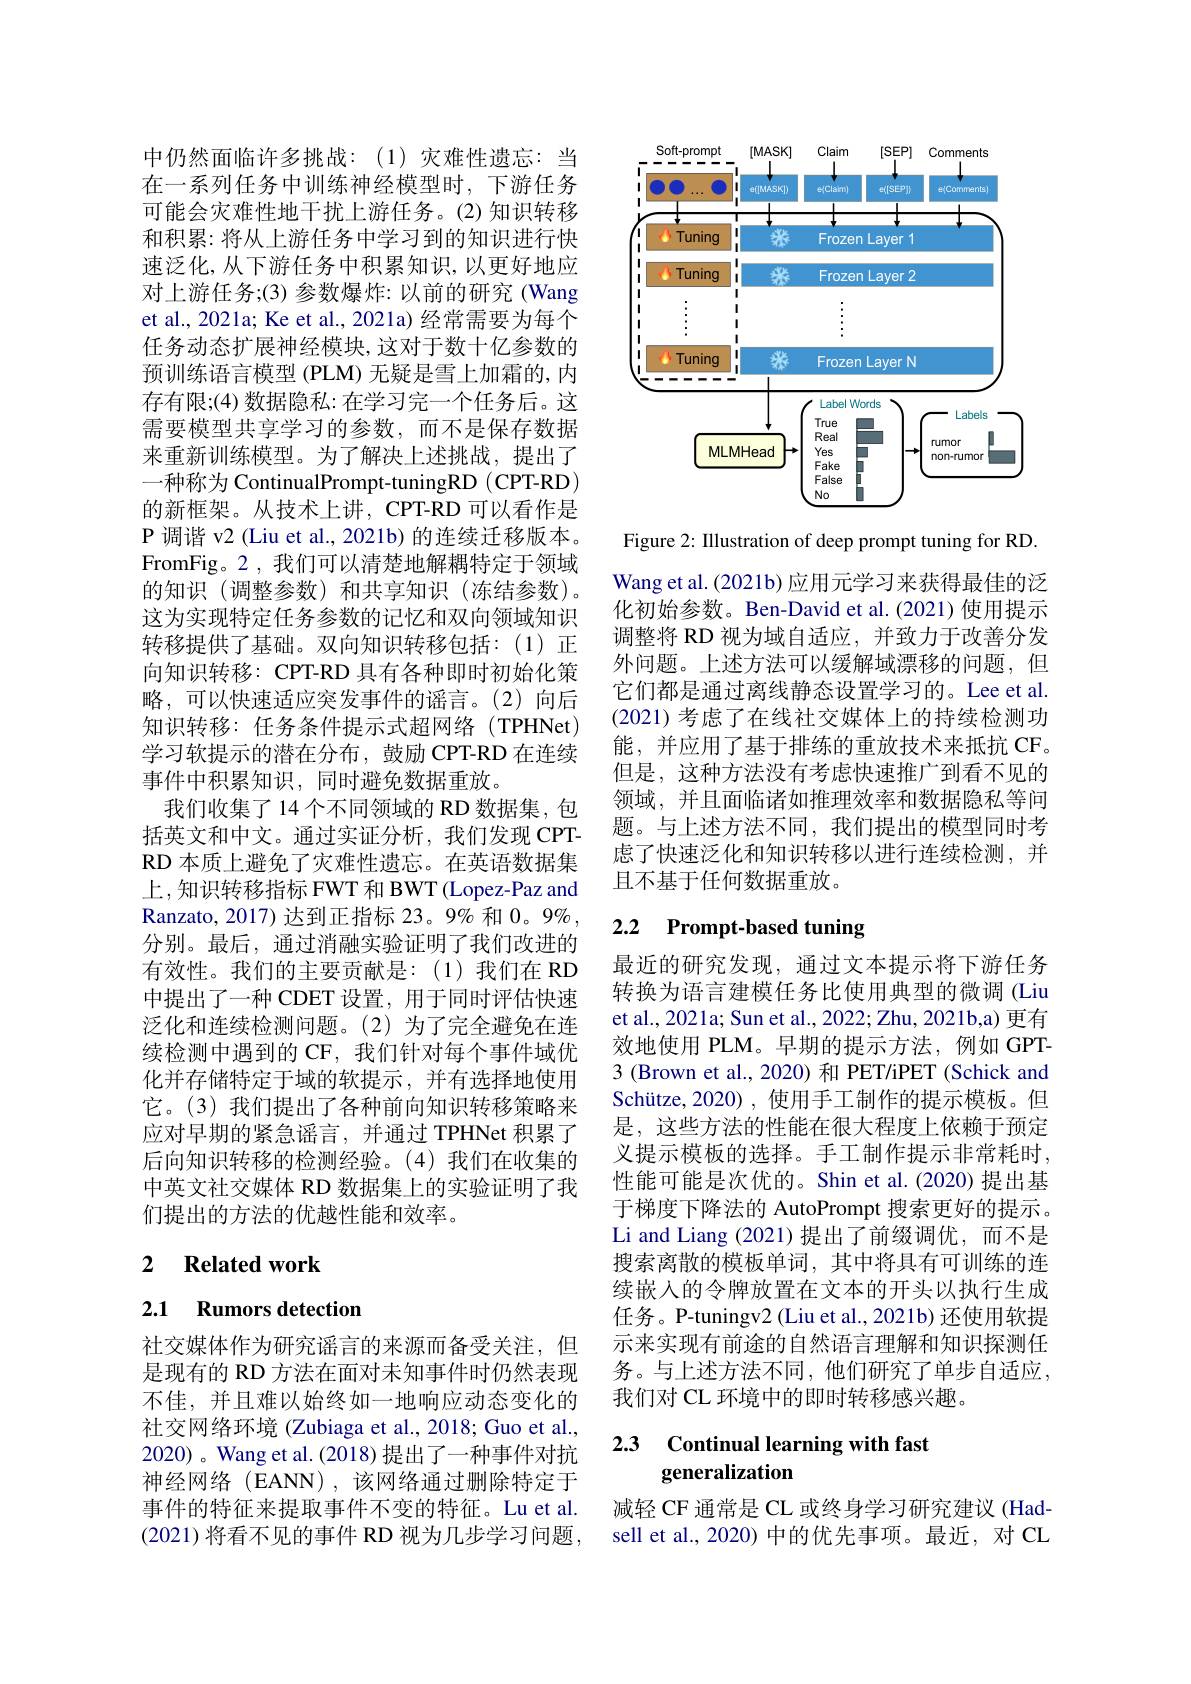
中仍然面临许多挑战：(1)灾难性遗忘：当在一系列任务中训练神经模型时，下游任务可能会灾难性地干扰上游任务。(2)知识转移和积累：将从上游任务中学习到的知识进行快速泛化，从下游任务中积累知识，以更好地应对上游任务；(3) 参数爆炸：以前的研究(Wang et al., 2021a; Ke et al., 2021a) 经常需要为每个任务动态扩展神经模块，这对于数十亿参数的预训练语言模型 (PLM) 无疑是雪上加霜的，内存有限；(4) 数据隐私：在学习完一个任务后。这需要模型共享学习的参数，而不是保存数据来重新训练模型。为了解决上述挑战，提出了一种称为 ContinualPrompt-tuningRD ( CPT-RD) 的新框架。从技术上讲，CPT-RD可以看作是P 调谐 v2 (Liu et al., 2021b) 的连续迁移版本。FromFig。2 , 我们可以清楚地解耦特定于领域的知识(调整参数)和共享知识(冻结参数)。这为实现特定任务参数的记忆和双向领域知识转移提供了基础。双向知识转移包括：(1)正向知识转移：CPT-RD 具有各种即时初始化策略，可以快速适应突发事件的谣言。(2)向后知识转移：任务条件提示式超网络(TPHNet) 学习软提示的潜在分布，鼓励 CPT-RD 在连续事件中积累知识，同时避免数据重放。
我们收集了14个不同领域的 RD 数据集，包括英文和中文。通过实证分析，我们发现 CPTRD 本质上避免了灾难性遗忘。在英语数据集上，知识转移指标 FWT 和 BWT (Lopez-Paz and Ranzato, 2017) 达到正指标 23。9% 和$0。9\%$ 分别。最后，通过消融实验证明了我们改进的有效性。我们的主要贡献是：(1)我们在 RD 中提出了一种 CDET 设置，用于同时评估快速泛化和连续检测问题。(2)为了完全避免在连续检测中遇到的 CF, 我们针对每个事件域优化并存储特定于域的软提示，并有选择地使用它。(3)我们提出了各种前向知识转移策略来应对早期的紧急谣言，并通过 TPHNet 积累了后向知识转移的检测经验。(4)我们在收集的中英文社交媒体 RD 数据集上的实验证明了我们提出的方法的优越性能和效率。

## 2 $\textbf{Related work}$

# 2.1 Rumors detection

社交媒体作为研究谣言的来源而备受关注，但是现有的 RD 方法在面对未知事件时仍然表现不佳，并且难以始终如一地响应动态变化的社交网络环境 (Zubiaga et al., 2018; Guo et al., 2020) 。Wang et al. (2018) 提出了一种事件对抗神经网络(EANN),该网络通过删除特定于事件的特征来提取事件不变的特征。Lu et al. (2021)将看不见的事件 RD 视为几步学习问题

<FigureHere>

Figure 2: Illustration of deep prompt tuning for RD

Wang et al. (2021b) 应用元学习来获得最佳的泛化初始参数。Ben-David et al.(2021) 使用提示调整将 RD 视为域自适应，并致力于改善分发外问题。上述方法可以缓解域漂移的问题，但它们都是通过离线静态设置学习的。Lee et al. (2021) 考虑了在线社交媒体上的持续检测功能，并应用了基于排练的重放技术来抵抗 CF。但是，这种方法没有考虑快速推广到看不见的领域，并且面临诸如推理效率和数据隐私等问题。与上述方法不同，我们提出的模型同时考虑了快速泛化和知识转移以进行连续检测，并且不基于任何数据重放。

# 2.2 Prompt-based tuning

最近的研究发现，通过文本提示将下游任务转换为语言建模任务比使用典型的微调 (Liu et al., 2021a; Sun et al., 2022; Zhu, 2021b,a) 更有效地使用 PLM。早期的提示方法，例如 GPT- 3 (Brown et al., 2020) 和 PET/iPET (Schick and Schütze, 2020) , 使用手工制作的提示模板。但是，这些方法的性能在很大程度上依赖于预定义提示模板的选择。手工制作提示非常耗时， 性能可能是次优的。Shin et al.(2020) 提出基于梯度下降法的 AutoPrompt 搜索更好的提示。Li and Liang (2021)提出了前缀调优，而不是搜索离散的模板单词，其中将具有可训练的连续嵌入的令牌放置在文本的开头以执行生成任务。P-tuningv2(Liu et al., 2021b) 还使用软提示来实现有前途的自然语言理解和知识探测任务。与上述方法不同，他们研究了单步自适应， 我们对 CL 环境中的即时转移感兴趣。

## 2.3 Continual learning with fast generalization

减轻 CF 通常是 CL 或终身学习研究建议 (Hadsell et al., 2020) 中的优先事项。最近，对 CL